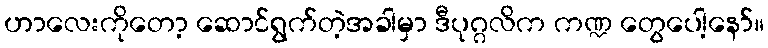
ဟာလေးကိုတော့ ဆောင်ရွက်တဲ့အခါမှာ ဒီပုဂ္ဂလိက ကဏ္ဍ တွေပေါ့နော်။